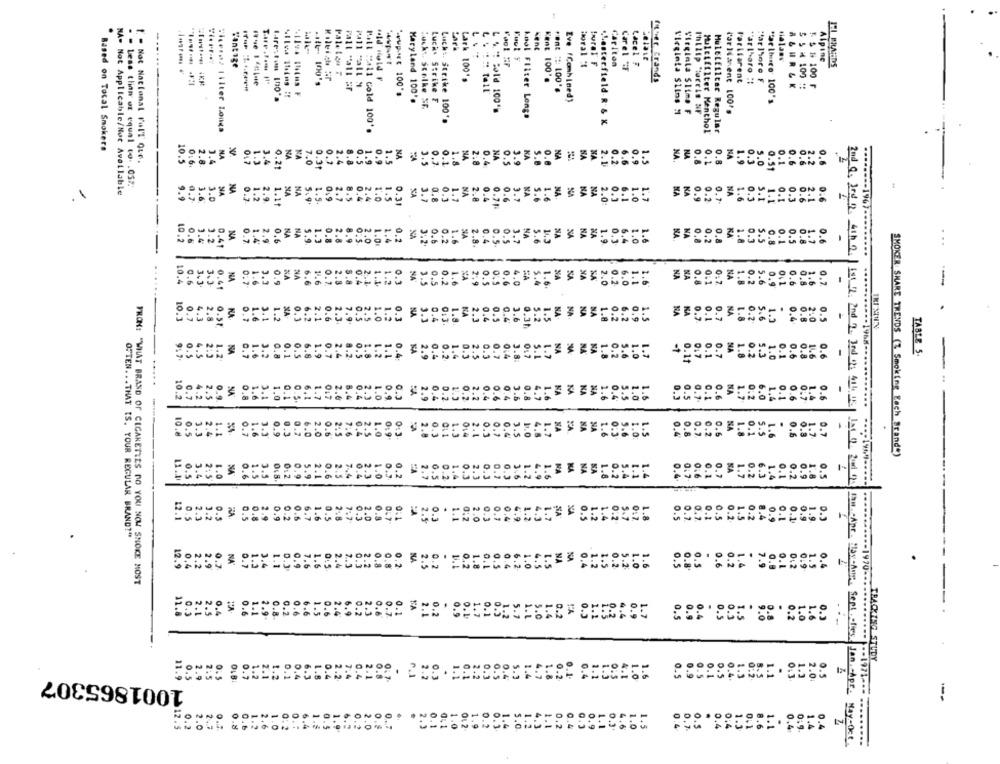
---
Nant
Vantage
Carlton
Carel "F
Lacel #
Alpine
IZI PRAEDS
Paletes T
Lack 100".
Pull "all "
"id Hold F
Kent 100's
father. Brands
Farilarent
"ar lharo !!
Har lhore F
ABURCK
& # 100
$ 5 H 100 *
Maryland 100'.
Eve (Combined)
"ar thisgo' 100's
Bucks. Scolke SF.
Lucky Strike F
Lool Filter Longs
Virginia Silne :1
Virginla Slime F
Ihllip Storeis NF
Parliament 100 *,
Lich :. Strike 100's
.Lasterfield-R-& K
Ticeraz Filter Longs
Mitt mall cold 100 *.
Multifilter Menthol
Muletfilter Regular
Based on Total Smokers
0.
NA
". - Not Nacional Full Que.
10.5
2.8
3.4
NA
0.7
NA
NA
7.0
0.5
1.5
NA
3.5
NA
2.8
KA
0.8
NA
2.1
NA
0.8
0.8
1.9
0.3
5.0
2.2
0.6
1.3
3.4
0.21
0.31
2.4
8.8
1.9
0.9
0.7
0.1
1.8
0.4
0.5
5.8
0.2
6.6
0.31
0.1
0.6
0.6
0.6
- less than or equal to .05%
NA- Not Applicable/Not Available
NA
NA
0.
2.
. .
69
0,7
3.6
3.0
1.0
0.8
0.3
1.7
NA
2.8
0.4
0.6
1.6
NA
NA
NA
2.0
0.3
6.1
1.0
1.7
NA
NA
1.6
0.3
5.1
2.9.
5.9'
0.9
2.7
8.5
0.71
0.7
1.1
0.1
0.3
0.6
2.1
0.6
10.2
NA
NA
5.9
3.2
0.41
0.7
1.4
2.9
0.6
0.2
0.8
1.8
0.3
5.5
0.8
0.1
0.5
0.8
1.7
0.6
NA
10.4
0.6
3.3
3.3
NA
NA
0:1
0.7
1.8
0.2
0.41
0.7
0.9
0.7
-
0.
NA
10.3
0.7
4.3
4.3
2.8
O.St
0.7
0.7
1.6
1.6
3.1
3.1
XA
6.2
2.1
0.6
2.3
7.9'
0.7
1.8
0.2
5.6
1.3
0.4
0.8
2:0
0.5
0.
NA
TABLE 5.
4.5
6.5
2:3
1.2
6.8
1.9
1.8
0.2
5.3
1.0
0.6
1.6
0.6
...... 19 .........
..
NA
10.2
0.7
4.
2.5
SIA
0.1
6.1
017
2.6
0.6
1.7
0.2
6.0
1.4
0.1
0.6
2.8
1.0
0.5.
1.7
1.4
NA
.
10.8
0.5
2.4
1.1
0.7
1.6
0.9
0.3
0.7
6.0
0.6
2. 5
7.6
0.6
1.8
0.1
5.5
1.6
0.6
0.3
2.0
SMOKER SHARE TRENDS (Z Smoking Each Brande)
NA
0.7
NA
1.7
6.3
11.00
0.5
3.4
2. 5
1.0
0.6
1.5
3.9
012
0.9
5.9
2.1
0.6
2 .5
7,4
0.2
1.4
0.1
0.2
0.9
1.8
0.5
12.1
0.5
2.3
3.2
0.5
0.5
0.8
2.9
0.9
0.2
0.6
6.7
7.7
0.2
1.5
0.2
8.4
0.9
0.1
0.1
0.9
1.9
0.3
OFTEN ... THAT IS, YOUR REGULAR BRAND?"
0.4
2.2
2.9
0.7
NA
0.7
1.1
7.3
7.9
0.1
0:2
0.9
1.5
0.4
0.3
0.2
1.6
0.8
FRON: "WHAT BRAND OF CIGARETTES DO YOU NOW SNOKE MOST
..........- 1970 -....
0.2
9.0
0.2
1.0
0.3
---
TRACKING STUDY
1001865307
0.4.
1.3
1.1
0.3
2.0:
0.5
-
ONNO CON-OOOOO
1.1
0.4
1.4
0.4
the .. Apr. Hoy-Ane, Sept . . figy . Jan. - Apr. May-(kt
---- 1971 -·· ········-